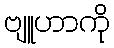
ဗျူဟာကို